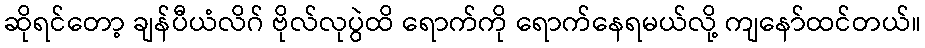
ဆိုရင်တော့ ချန်ပီယံလိဂ် ဗိုလ်လုပွဲထိ ရောက်ကို ရောက်နေရမယ်လို့ ကျနော်ထင်တယ်။